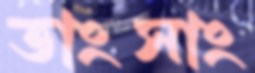
তাংসাং